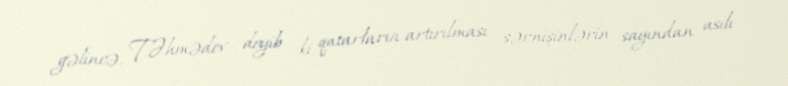
gəlincə, T.Əhmədov deyib ki, qatarların artırılması sərnişinlərin sayından asılı